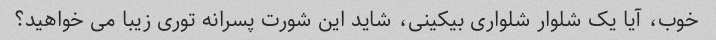
خوب، آیا یک شلوار شلواری بیکینی، شاید این شورت پسرانه توری زیبا می خواهید؟